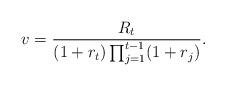
LaTeX: \begin{align*} v=\frac{R_t}{(1+r_t)\prod_{j=1}^{t-1}(1+r_j)}.\end{align*}